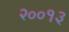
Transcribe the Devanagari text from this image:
२००१३